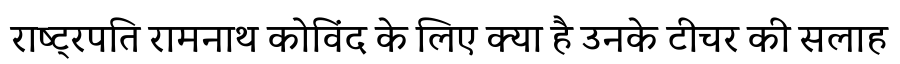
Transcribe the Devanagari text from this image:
राष्ट्रपति रामनाथ कोविंद के लिए क्या है उनके टीचर की सलाह